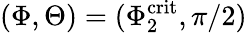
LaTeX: (\Phi,\Theta)=(\Phi_{2}^{\mathrm{crit}},\pi/2)